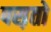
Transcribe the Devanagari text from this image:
पस़तो